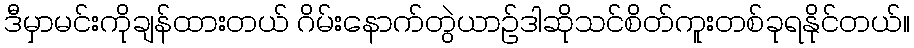
ဒီမှာမင်းကိုချန်ထားတယ် ဂိမ်းနောက်တွဲယာဉ်ဒါဆိုသင်စိတ်ကူးတစ်ခုရနိုင်တယ်။